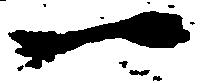
一